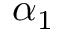
\alpha _ { 1 }